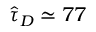
\widehat { \tau } _ { D } \simeq 7 7